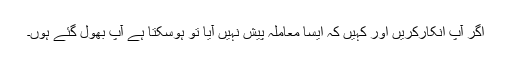
اگر آپ انکارکریں اور کہیں کہ ایسا معاملہ پیش نہیں آیا تو ہوسکتا ہے آپ بھول گئے ہوں۔